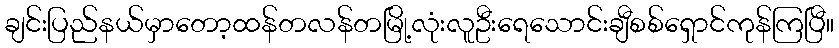
ချင်းပြည်နယ်မှာတော့ထန်တလန်တမြို့လုံးလူဦးရေသောင်းချီစစ်ရှောင်ကုန်ကြပြီ။